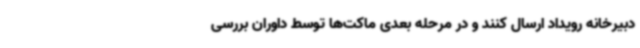
دبیرخانه رویداد ارسال کنند و در مرحله بعدی ماکت‌ها توسط داوران بررسی